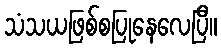
သံသယဖြစ်စပြုနေလေပြီ။